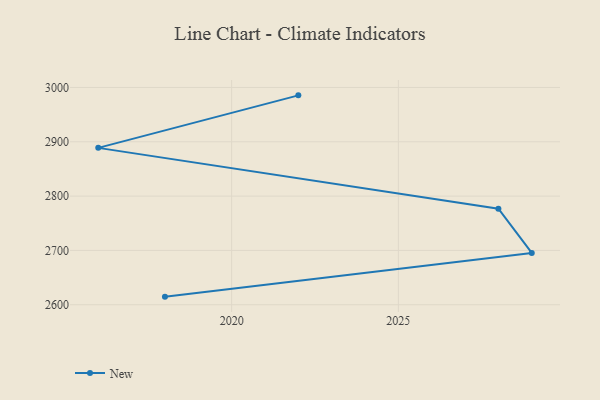
{"axis": {"x": "Year", "y": "Gross Profit (USD K)"}, "legend": ["New"], "data": [{"x": "2022", "y": 2985.5, "type": "New"}, {"x": "2016", "y": 2888.8, "type": "New"}, {"x": "2028", "y": 2776.9, "type": "New"}, {"x": "2029", "y": 2695.4, "type": "New"}, {"x": "2018", "y": 2614.9, "type": "New"}]}